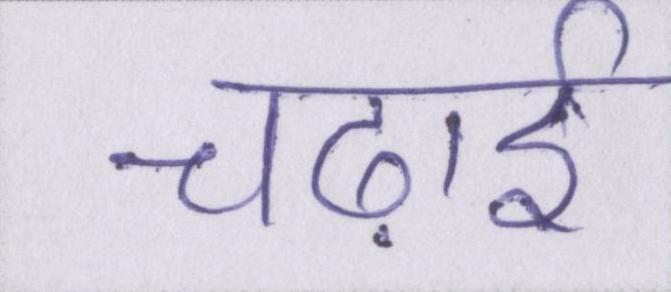
चढ़ाई